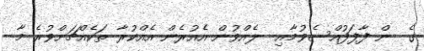
ގެ  ން ފާފަފުއްސެވުމާއި  ލެއްވުން އެއުރެން އެއްކުރާ ތަކެއްޗަށްވުރެ މާ